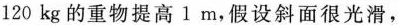
120kg的重物提高1m，假设斜面很光滑，